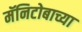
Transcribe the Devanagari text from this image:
मॅनिटोबाच्या